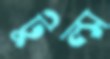
টুল্স